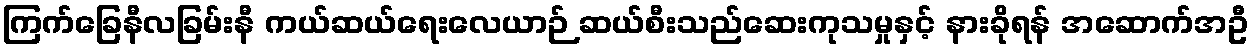
ကြက်ခြေနီလခြမ်းနီ ကယ်ဆယ်ရေးလေယာဉ် ဆယ်စီးသည်ဆေးကုသမှုနှင့် နားခိုရန် အဆောက်အဦ